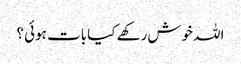
اللہ خوش رکھے کیا بات ہوئی ؟